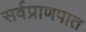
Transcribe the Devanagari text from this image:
सर्वप्राणपात